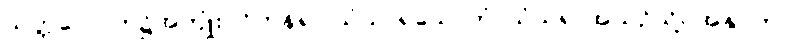
သတ္တလောက၌အကျုံးဝင်ကုန်၍။ သံသာရသောတံ၊ သံသရာအယဉ်သို့။ အနုဂတာ၊